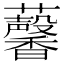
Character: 𧅥